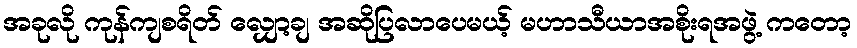
အခုလို ကုန်ကျစရိတ် လျှော့ချ အဆိုပြလာပေမယ့် မဟာသီယာအစိုးရအဖွဲ့ ကတော့